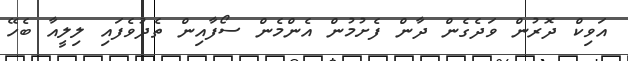
އަވިކް ދޮރުން ވަދެގެން ދާން ފެށުމުން އެންމެން ސޯފާއިން ތެދުވެފައި ލިލީއާ ބެހޭ